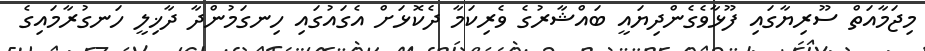
މިޖަމާއަތް ސޫރިޔާގައި ފޫޅާވެގެންދިޔައީ ބައްޝާރުގެ ވެރިކަމާ ދެކޮޅަށް އެގައުގައި ހިނގަމުންދާ ދާޚިލީ ހަނގުރާމައިގެ